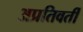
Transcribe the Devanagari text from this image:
अप्रतिवर्ती